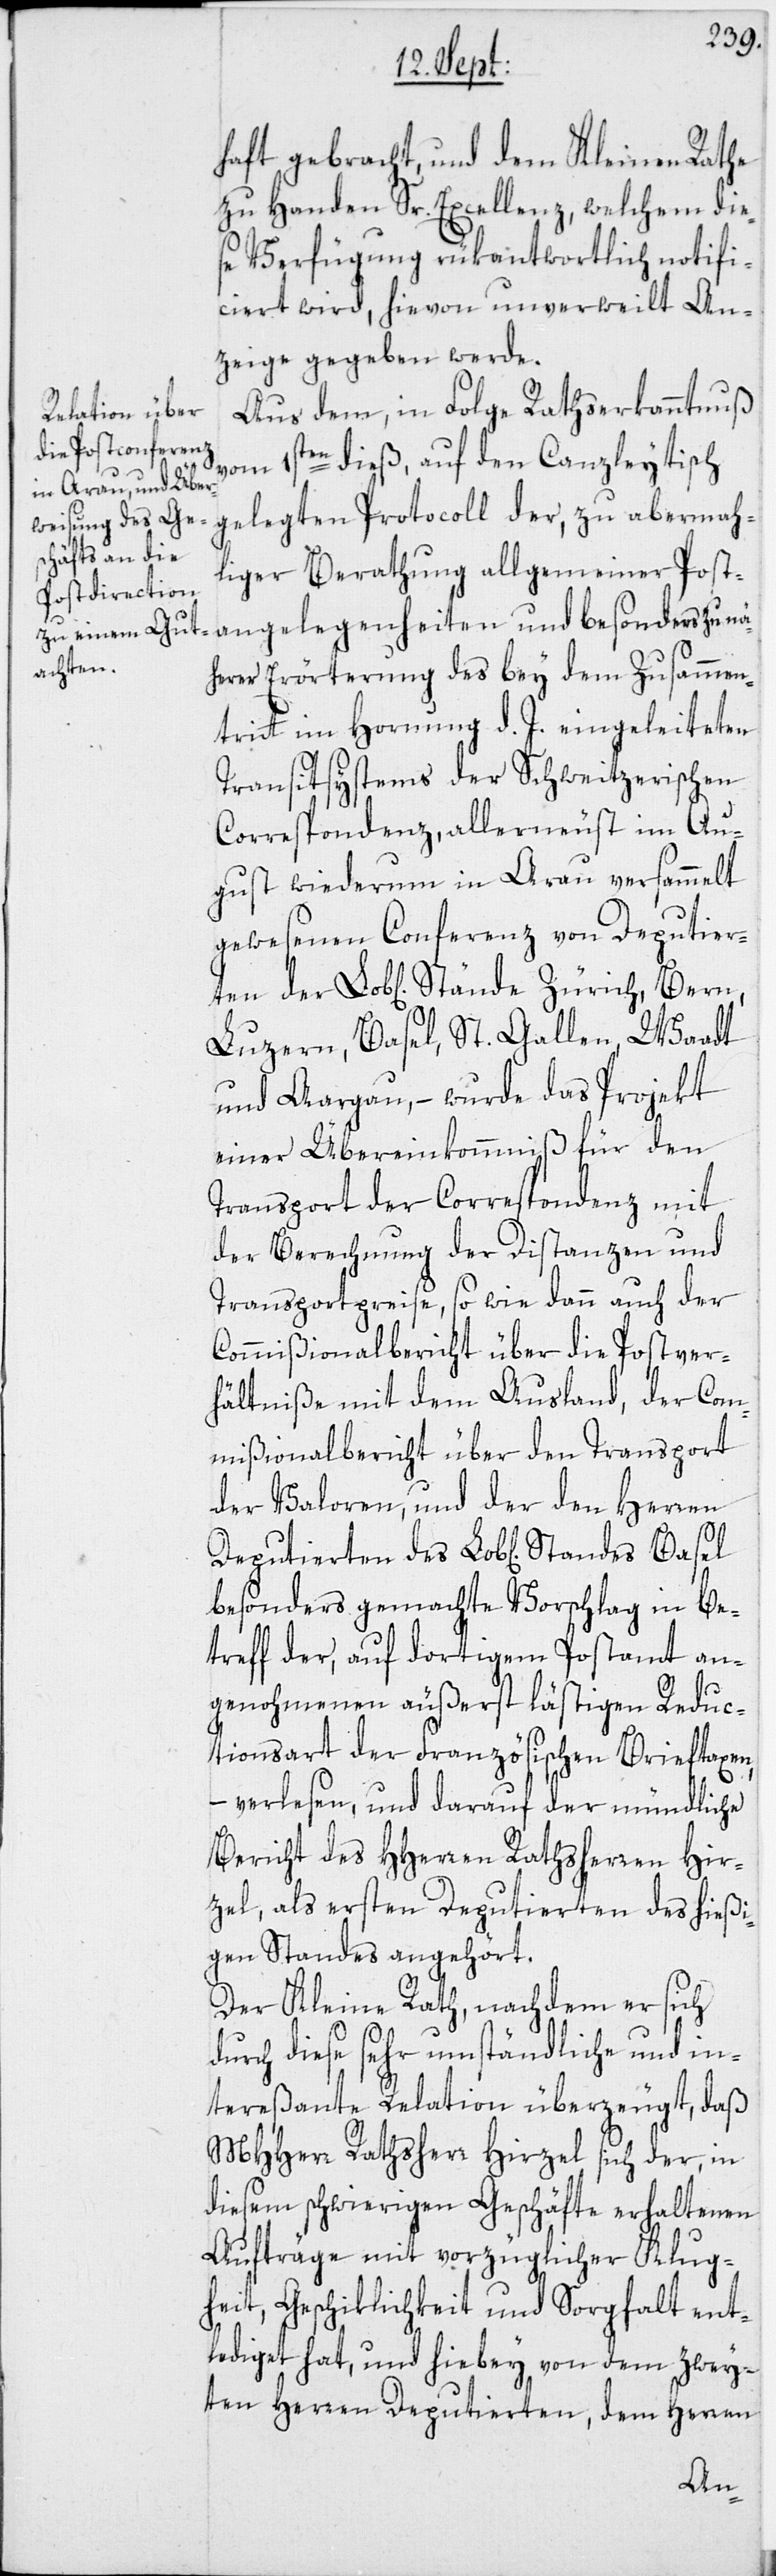
haft gebracht, und dem Kleinen Rathe
zu Handen Sr. Excellenz, welchem die¬
se Verfügung rükantwortlich notifi¬
ciert wird, hievon unverweilt An¬
zeige gegeben werde.
Aus dem, in Folge Rathserkanntnuß
vom 1sten dieß, auf den Canzleytisch
gelegten Protocoll der, zu abermah¬
liger Berathung allgemeiner Post¬
angelegenheiten und besonders zu nä¬
herer Erörterung des bey dem Zusammen¬
tritt im Hornung d. J. eingeleiteten
Transitsystems der Schweitzerischen
Correspondenz, allerneust im Au¬
gust wiederum in Arau versammelt
gewesenen Conferenz von Deputier¬
Luzern, Basel, St. Gallen, Waadt
und Aargau, – wurde das Projekt
einer Übereinkommniß für den
Transport der Correspondenz mit
der Berechnung der Distanzen und
Transportpreise, so wie dann auch der
Commißionalbericht über die Postver¬
hältniße mit dem Ausland, der Com¬
mißionalbericht über den Transport
der Valoren, und der den Herren
besonders gemachte Vorschlag in Be¬
treff der, auf dortigem Postamt an¬
genohmenen äußerst lästigen Reduc¬
tionsart der Französischen Brieftaxen,
– verlesen, und darauf der mündliche
Bericht des HHerren Rathsherren Hir¬
zel, als ersten Deputierten des hießi¬
gen Standes angehört.
Der Kleine Rath, nachdem er sich
durch diese sehr umständliche und in¬
tereßante Relation überzeugt, daß
MHHerren Rathsherr Hirzel sich der, in
diesem schwierigen Geschäfte erhaltenen
Aufträge mit vorzüglicher Klug¬
heit, Geschicklichkeit und Sorgfalt ent¬
lediget hat, und hiebey von dem zwey¬
ten Herren Deputierten, dem Herren
ten